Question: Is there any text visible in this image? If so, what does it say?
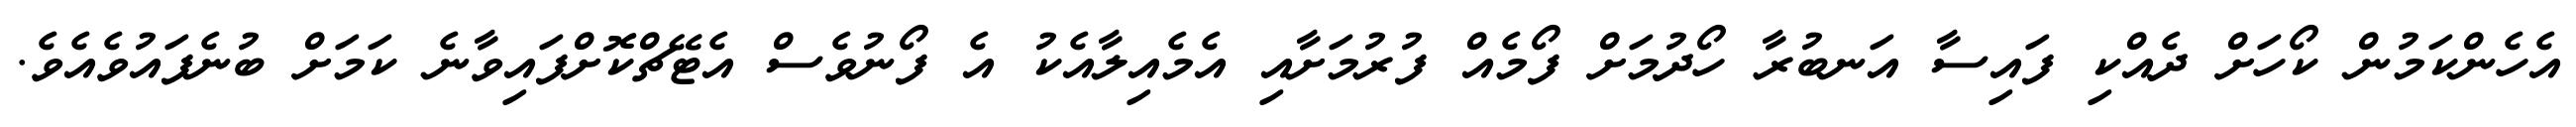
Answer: އެހެންކަމުން ކޯހަށް ދެއްކި ފައިސާ އަނބުރާ ހޯދުމަށް ފޯމެއް ފުރުމަށާއި އެމެއިލާއެކު އެ ފޯނުވެސް އެޓޭޗްކޮށްފައިވާނެ ކަމަށް ބުނެފައުވެއެވެ.